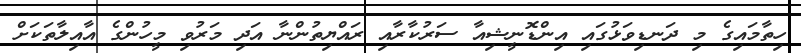
ހިތާމައިގެ މި ދަނޑިވަޅުގައި އިންޑޮނީޝިއާ ސަރުކާރާއި ރައްޔިތުންނާ އަދި މަރުވި މީހުންގެ އާއިލާތަކަށް